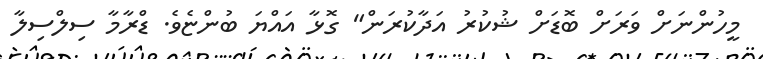
މީހުންނަށް ވަރަށް ބޮޑަށް ޝުކުރު އަދާކުރަން" ގޮޅާ އައްޔަ ބުންޏެވެ. ޑްރާމާ ސިލްސިލާ